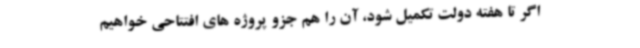
اگر تا هفته دولت تکمیل شود، آن را هم جزو پروژه های افتتاحی خواهیم